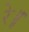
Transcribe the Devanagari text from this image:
रे॥